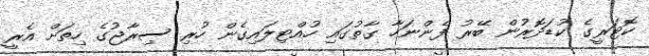
ކޮޓަރީގެ ކުޑަދޮރުން ބޭރު ފެންނަހާ ގާތުގައި ހުއްޓިލައިގެން ހުރި ސިރާޖުގެ ހިތަށް އެރީ